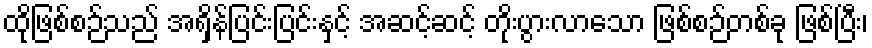
ထိုဖြစ်စဉ်သည် အရှိန်ပြင်းပြင်းနှင့် အဆင့်ဆင့် တိုးပွားလာသော ဖြစ်စဉ်တစ်ခု ဖြစ်ပြီး၊